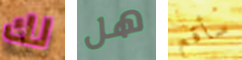
لك هل سأقع